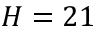
H = 2 1